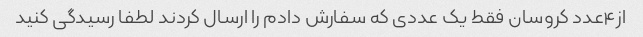
از۴عدد کروسان فقط یک عددی که سفارش دادم را ارسال کردند لطفا رسیدگی کنید